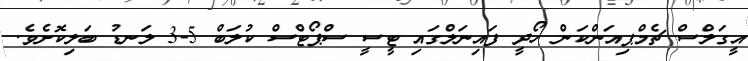
އީގަލްސް ޗެމްޕިއަންކަން ހޯދީ ފައިނަލްގައި ޓީސީ ސްޕޯޓްސް ކުލަބް 5-3 ލަނޑު ބަލިކޮށެވެ.